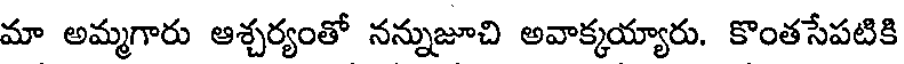
మా అమ్మగారు ఆశ్చర్యంతో నన్నుజూచి అవాక్కయ్యారు. కొంతసేపటికి